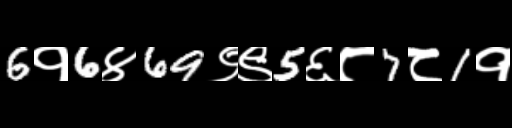
Text: 6१6४69९९5६८7८1१